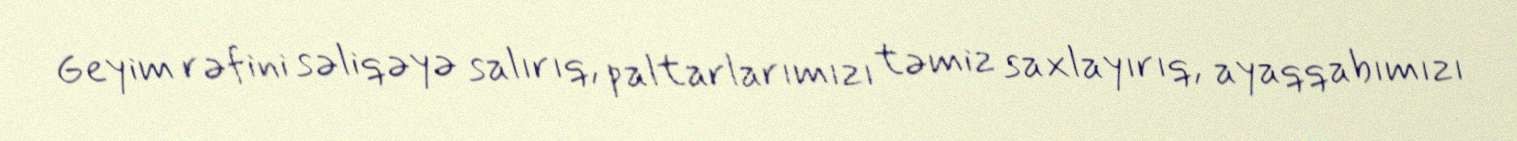
Geyim rəfini səliqəyə salırıq, paltarlarımızı təmiz saxlayırıq, ayaqqabımızı